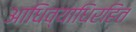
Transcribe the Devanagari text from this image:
आधिव्याधिरहित